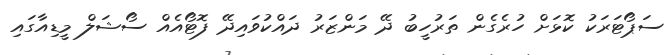
ސަޕޯޓަރަކު ކޮޅަށް ހުރެގެން ތަރުހީބު ދޭ މަންޒަރު ދައްކުވައިދޭ ފޮޓޯއެއް ސޯޝަލް މީޑިއާގައި